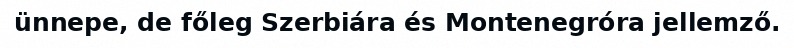
ünnepe, de főleg Szerbiára és Montenegróra jellemző.